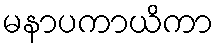
မနာပကာယိကာ